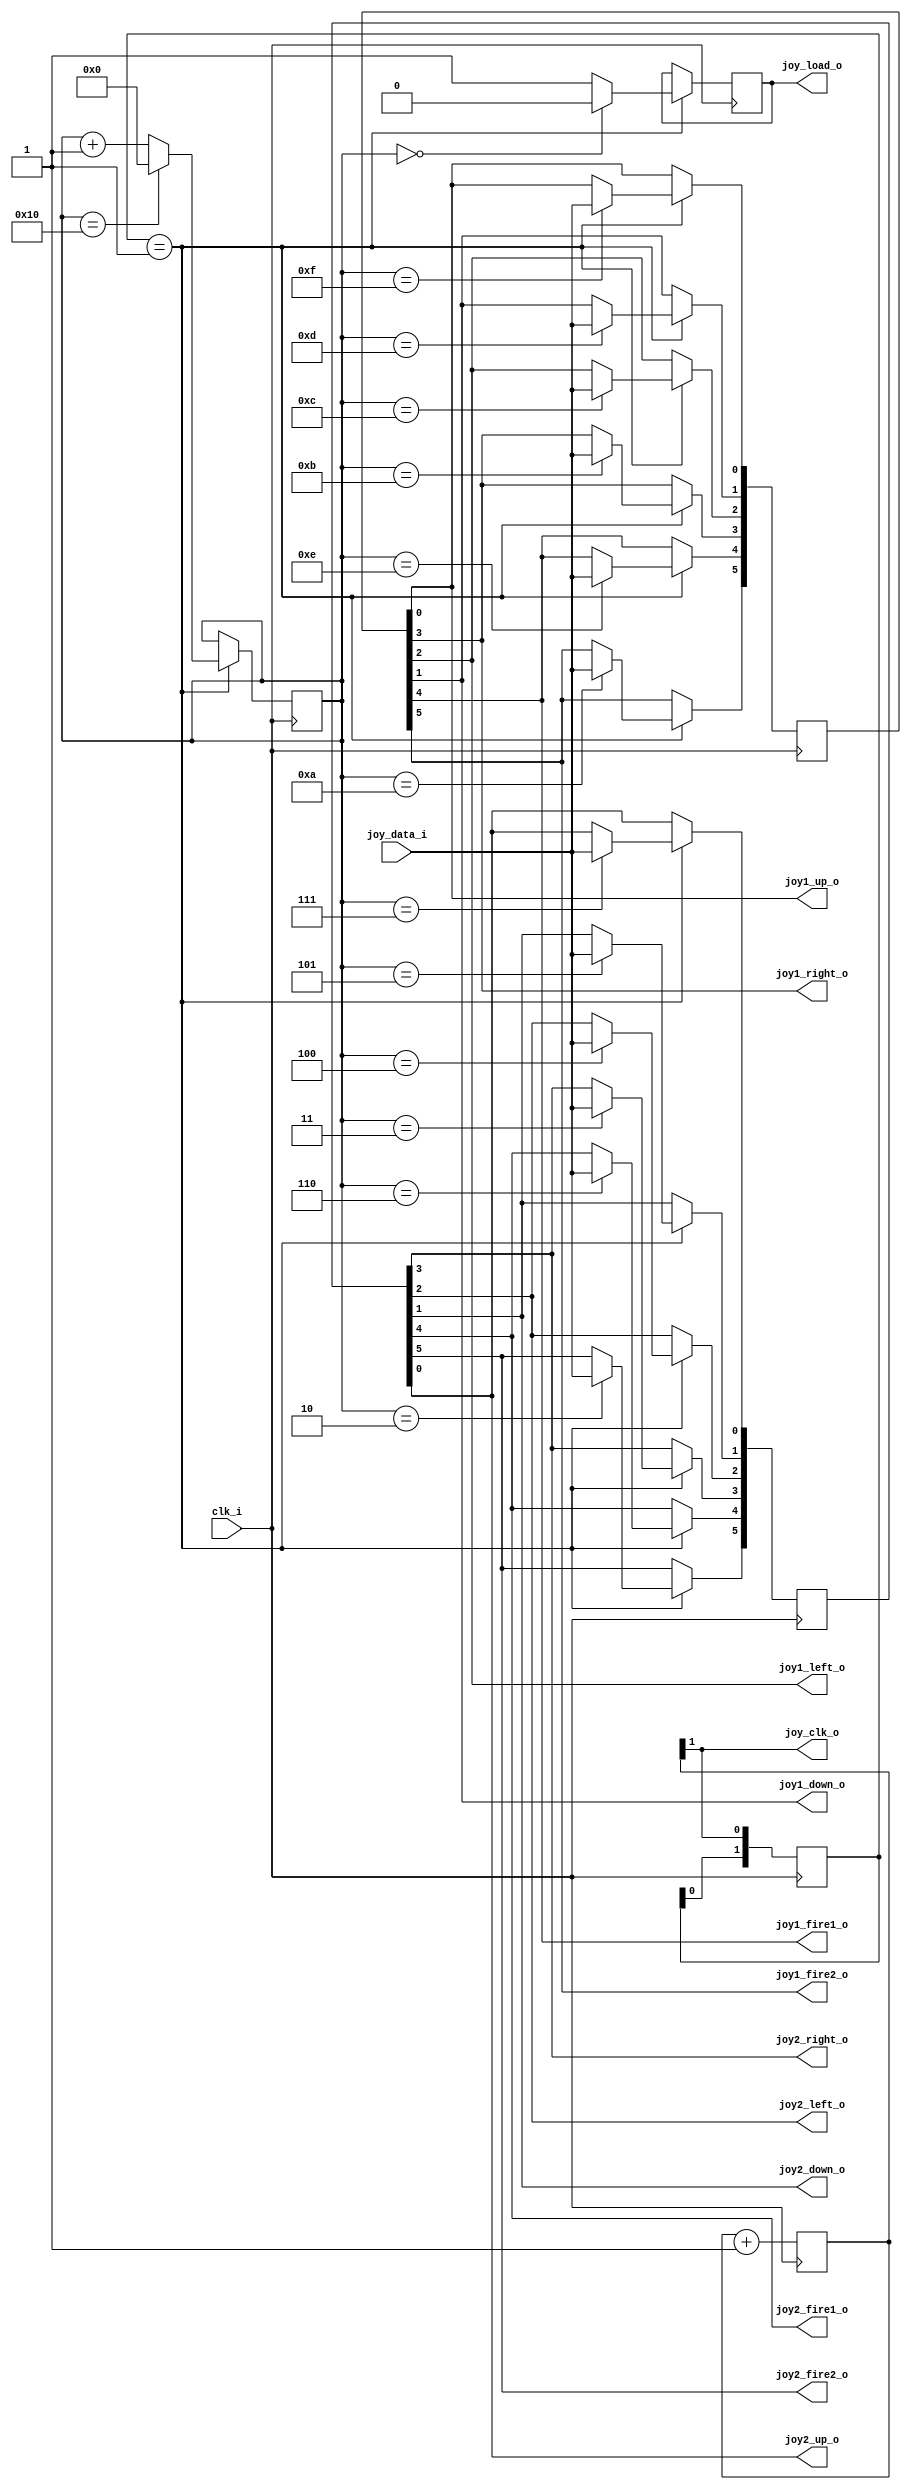
/*
  
   Multicore 2 / Multicore 2+
  
   Copyright (c) 2017-2020 - Victor Trucco

  
   All rights reserved
  
   Redistribution and use in source and synthezised forms, with or without
   modification, are permitted provided that the following conditions are met:
  
   Redistributions of source code must retain the above copyright notice,
   this list of conditions and the following disclaimer.
  
   Redistributions in synthesized form must reproduce the above copyright
   notice, this list of conditions and the following disclaimer in the
   documentation and/or other materials provided with the distribution.
  
   Neither the name of the author nor the names of other contributors may
   be used to endorse or promote products derived from this software without
   specific prior written permission.
  
   THIS CODE IS PROVIDED BY THE COPYRIGHT HOLDERS AND CONTRIBUTORS "AS IS"
   AND ANY EXPRESS OR IMPLIED WARRANTIES, INCLUDING, BUT NOT LIMITED TO,
   THE IMPLIED WARRANTIES OF MERCHANTABILITY AND FITNESS FOR A PARTICULAR
   PURPOSE ARE DISCLAIMED. IN NO EVENT SHALL THE AUTHOR OR CONTRIBUTORS BE
   LIABLE FOR ANY DIRECT, INDIRECT, INCIDENTAL, SPECIAL, EXEMPLARY, OR
   CONSEQUENTIAL DAMAGES (INCLUDING, BUT NOT LIMITED TO, PROCUREMENT OF
   SUBSTITUTE GOODS OR SERVICES; LOSS OF USE, DATA, OR PROFITS; OR BUSINESS
   INTERRUPTION) HOWEVER CAUSED AND ON ANY THEORY OF LIABILITY, WHETHER IN
   CONTRACT, STRICT LIABILITY, OR TORT (INCLUDING NEGLIGENCE OR OTHERWISE)
   ARISING IN ANY WAY OUT OF THE USE OF THIS SOFTWARE, EVEN IF ADVISED OF THE
   POSSIBILITY OF SUCH DAMAGE.
  
   You are responsible for any legal issues arising from your use of this code.
  
*/
module joystick_serial
(
    input  wire clk_i,     //Master clock
    input  wire joy_data_i,
    output wire joy_clk_o,  
    output wire joy_load_o, 

    output wire joy1_up_o,
    output wire joy1_down_o,
    output wire joy1_left_o,
    output wire joy1_right_o,
    output wire joy1_fire1_o,
    output wire joy1_fire2_o,

    output wire joy2_up_o,
    output wire joy2_down_o,
    output wire joy2_left_o,
    output wire joy2_right_o,
    output wire joy2_fire1_o,
    output wire joy2_fire2_o
);

wire clk_en;
reg [1:0]clk_cnt = 2'd0;
always @(posedge clk_i)
begin
    clk_cnt <= clk_cnt + 2'd1;
end
assign clk_en = clk_cnt[1];

reg [11:0] joy1  = 12'hFFF;
reg [11:0] joy2  = 12'hFFF;   
reg joy_renew = 1'b1;
reg [4:0]joy_count = 5'd0;

assign joy_clk_o    = clk_en;
assign joy_load_o   = joy_renew;

assign joy1_up_o    = joy1[0];     
assign joy1_down_o  = joy1[1];
assign joy1_left_o  = joy1[2];
assign joy1_right_o = joy1[3];
assign joy1_fire1_o = joy1[4];
assign joy1_fire2_o = joy1[5];
assign joy2_up_o    = joy2[0];   
assign joy2_down_o  = joy2[1];
assign joy2_left_o  = joy2[2];
assign joy2_right_o = joy2[3];
assign joy2_fire1_o = joy2[4];
assign joy2_fire2_o = joy2[5];

reg [1:0] clk_enab;

always @(posedge clk_i) 
begin 

    clk_enab <= {clk_enab[0], clk_en};

    if ( clk_enab == 2'b01 )
        begin

        if (joy_count == 5'd0) 
          begin
           joy_renew <= 1'b0;
          end 
        else 
          begin
           joy_renew <= 1'b1;
          end

        if (joy_count == 5'd16) 
          begin
             joy_count <= 5'd0;
          end
        else 
          begin
             joy_count <= joy_count + 1'd1;
          end   

        case (joy_count)
            5'd15 : joy1[0]  <= joy_data_i;   //  1p up
            5'd14 : joy1[4]  <= joy_data_i;   //  1p fire1
            5'd13 : joy1[1]  <= joy_data_i;   //  1p down
            5'd12 : joy1[2]  <= joy_data_i;   //  1p left
            5'd11 : joy1[3]  <= joy_data_i;   //  1p right
            5'd10 : joy1[5]  <= joy_data_i;   //  1p fire2

            5'd7  : joy2[0]  <= joy_data_i;   //  2p up
            5'd6  : joy2[4]  <= joy_data_i;   //  2p fire1
            5'd5  : joy2[1]  <= joy_data_i;   //  2p down
            5'd4  : joy2[2]  <= joy_data_i;   //  2p left
            5'd3  : joy2[3]  <= joy_data_i;   //  2p right
            5'd2  : joy2[5]  <= joy_data_i;   //  2p fire2
        endcase 
    end
end
endmodule